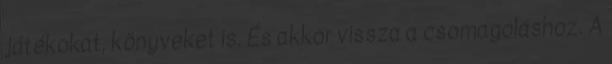
játékokat, könyveket is. És akkor vissza a csomagoláshoz. A